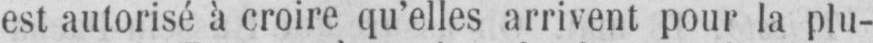
est autorisé à croire qu’elles arrivent pour la plu-